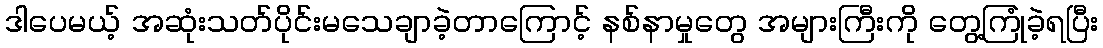
ဒါပေမယ့် အဆုံးသတ်ပိုင်းမသေချာခဲ့တာကြောင့် နစ်နာမှုတွေ အများကြီးကို တွေ့ကြုံခဲ့ရပြီး